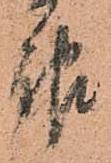
報